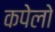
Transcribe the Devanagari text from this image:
कपेलो